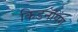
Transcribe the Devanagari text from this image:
किडनॅपिंग